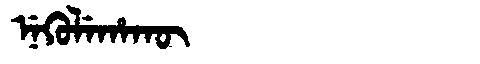
Manchu: ᠨᡝᡴᡠᠯᡝᡥᠠᡴᡡ
Romanization: NEKULEHAKŪ